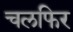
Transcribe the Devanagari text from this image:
चलफिर